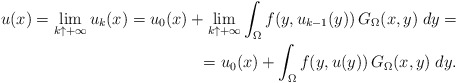
\begin{align*}u(x)=\lim_{k\uparrow+\infty}u_k(x)=u_0(x)+\lim_{k\uparrow+\infty}\int_\Omega f(y,u_{k-1}(y))\,G_\Omega(x,y)\; dy=\\=u_0(x)+\int_\Omega f(y,u(y))\,G_\Omega(x,y)\; dy.\end{align*}